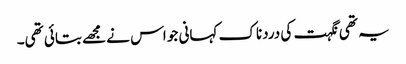
یہ تھی نگہت کی دردناک کہانی جو اس نے مجھے بتائی تھی۔